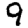
Digit: 9